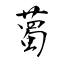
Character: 薥